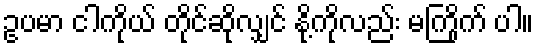
ဥပမာ ငါကိုယ် တိုင်ဆိုလျှင် နို့ကိုလည်း မကြိုက် ပါ။